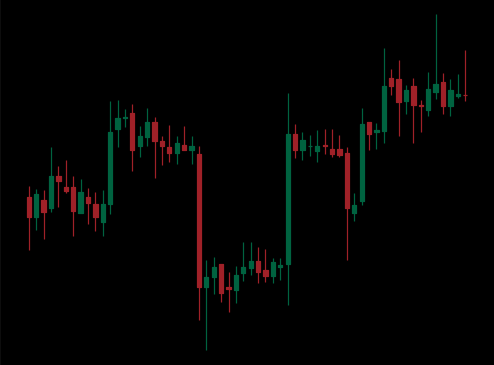
Pattern: unclassified